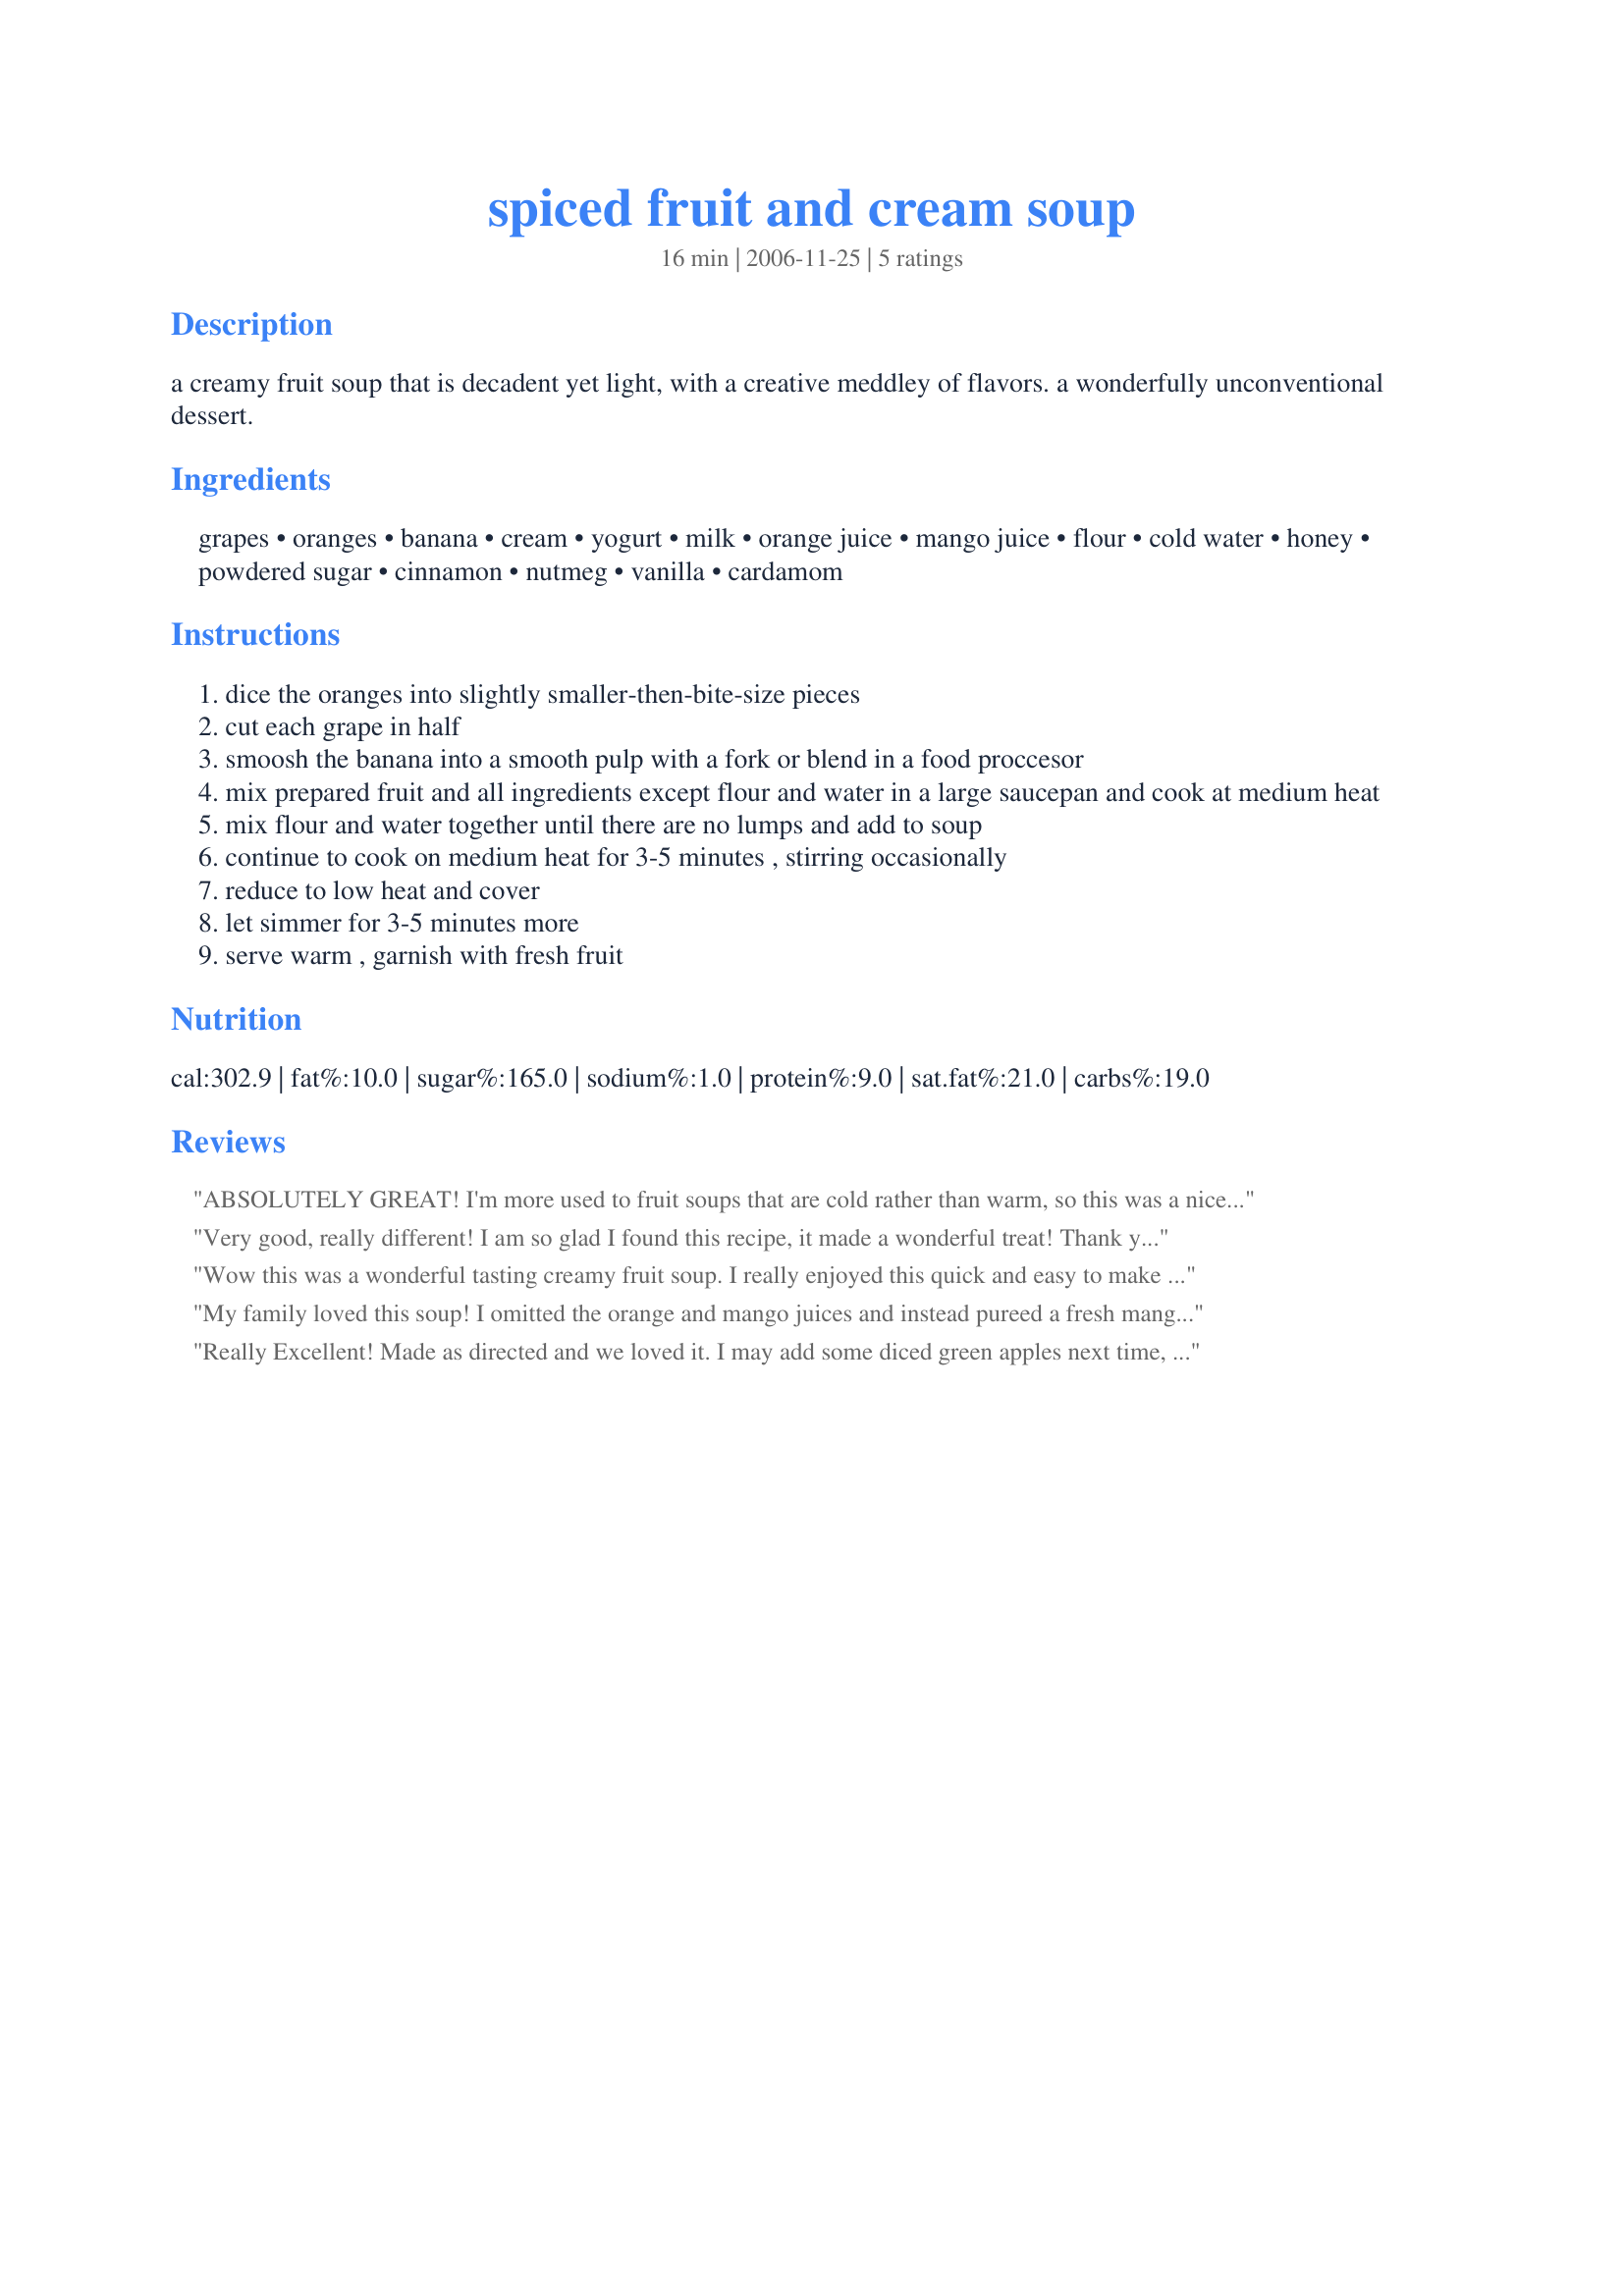
spiced fruit and cream soup
Preparation time: 16 minutes

a creamy fruit soup that is decadent yet light, with a creative meddley of flavors. a wonderfully unconventional dessert.

Ingredients:
grapes, oranges, banana, cream, yogurt, milk, orange juice, mango juice, flour, cold water, honey, powdered sugar, cinnamon, nutmeg, vanilla, cardamom

Steps:
dice the oranges into slightly smaller-then-bite-size pieces
cut each grape in half
smoosh the banana into a smooth pulp with a fork or blend in a food proccesor
mix prepared fruit and all ingredients except flour and water in a large saucepan and cook at medium heat
mix flour and water together until there are no lumps and add to soup
continue to cook on medium heat for 3-5 minutes , stirring occasionally
reduce to low heat and cover
let simmer for 3-5 minutes more
serve warm , garnish with fresh fruit

Reviews:
ABSOLUTELY GREAT! I'm more used to fruit soups that are cold rather than warm, so this was a nice change of pace! Made is just as posted, & love the blend of flavors! Thanks so much for sharing! [Made & reviewed for one of my adopted chefs in this Spring's PAC]
Very good, really different! I am so glad I found this recipe, it made a wonderful treat! Thank you for posting!
PAC-Fall07
Wow this was a wonderful tasting creamy fruit soup. I really enjoyed this quick and easy to make treat. I did cut it down to make only two servings. Next time I will make the whole pot, I quickly found that I could have eaten it all by myself. The fruit flavors blended beautifully together and it was perfectly spiced. Kudos on your excellent dish Acoustic Indigo.
My family loved this soup! I omitted the orange and mango juices and instead pureed a fresh mango along with the banana. I also used milk rather than cream for a lighter soup. This is definitely a keeper. Thanks!
Really Excellent! Made as directed and we loved it. I may add some diced green apples next time, but I think this recipe is great as-is. Thank you for the Great Recipe! [Made & Reviewed for PAC Spring 2009]
